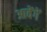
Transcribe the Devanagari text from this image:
आवेंगें